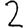
Digit: 2